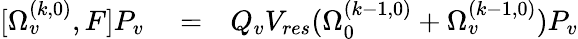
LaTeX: \begin{array}{rlr}{[\Omega_{v}^{(k,0)},F]P_{v}}&{{}=}&{Q_{v}V_{res}(\Omega_{0}^{(k-1,0)}+\Omega_{v}^{(k-1,0)})P_{v}}\end{array}